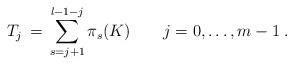
LaTeX: \begin{align*}T_j\,=\,\sum^{l-1-j}_{s=j+1}\pi_s(K) \qquad j=0,\ldots,m-1\;.\end{align*}